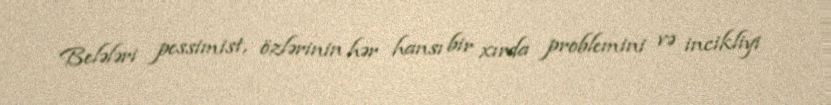
Belələri pessimist, özlərinin hər hansı bir xırda problemini və incikliyi